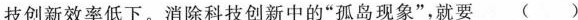
技创新效率低下。消除科技创新中的”孤岛现象”，就要()